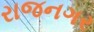
રાજનગર